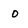
Character: o